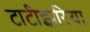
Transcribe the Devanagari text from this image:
टाटीझरिया